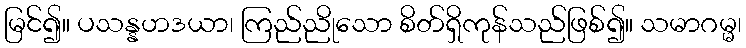
မြင်၍။ ပသန္နဟဒယာ၊ ကြည်ညိုသော စိတ်ရှိကုန်သည်ဖြစ်၍။ သမာဂမ္မ၊